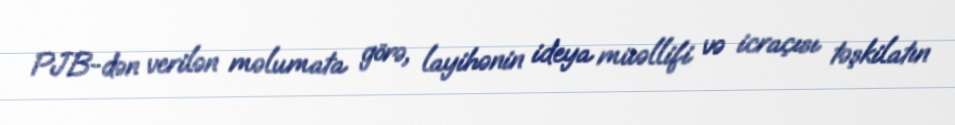
PJB-dən verilən məlumata görə, layihənin ideya müəllifi və icraçısı təşkilatın